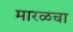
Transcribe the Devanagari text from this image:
मारळचा